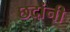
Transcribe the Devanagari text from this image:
छदांनी